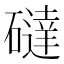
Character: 䃮